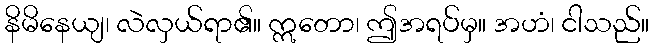
နိမိနေယျ၊ လဲလှယ်ရာ၏။ ဣတော၊ ဤအရပ်မှ။ အဟံ၊ ငါသည်။